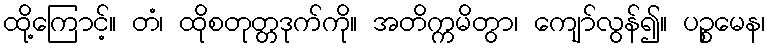
ထို့ကြောင့်။ တံ၊ ထိုစတုတ္တဒုက်ကို။ အတိက္ကမိတွာ၊ ကျော်လွန်၍။ ပဉ္စမေန၊